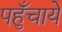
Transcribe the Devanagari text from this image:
पहुँचाये